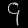
Digit: ၄